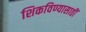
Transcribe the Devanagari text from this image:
शिकविण्यासाठीं